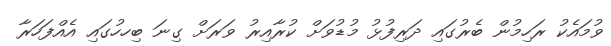
ވުމައެކު ރަހިމުން ބެރުގައި ދަރިފުޅު މުޑުވަށް ކުރާއިރު ވަރަށް ގިނަ ބިހހުގައި އެއްފަހަރާ